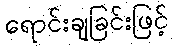
ရောင်းချခြင်းဖြင့်